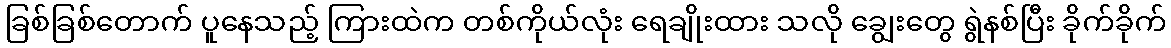
ခြစ်ခြစ်တောက် ပူနေသည့် ကြားထဲက တစ်ကိုယ်လုံး ရေချိုးထား သလို ချွေးတွေ ရွဲနစ်ပြီး ခိုက်ခိုက်